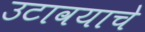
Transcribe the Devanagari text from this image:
उटावयाचे